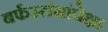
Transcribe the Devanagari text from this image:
बर्फस्तंभांपेक्षा